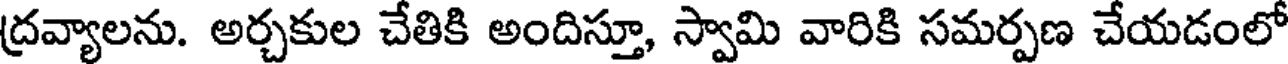
ద్రవ్యాలను. అర్చకుల చేతికి అందిస్తూ, స్వామి వారికి సమర్పణ చేయడంలో